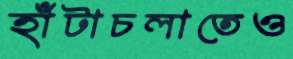
হাঁটাচলাতেও